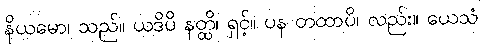
နိယမော၊ သည်။ ယဒိပိ နတ္ထိ၊ ရှင့်။ ပန တထာပိ၊ လည်း။ ယေသံ